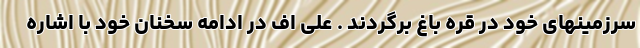
سرزمینهای خود در قره باغ برگردند . علی اف در ادامه سخنان خود با اشاره